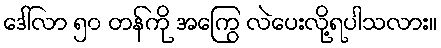
ဒေါ်လာ ၅၀ တန်ကို အကြွေ လဲပေးလို့ရပါသလား။